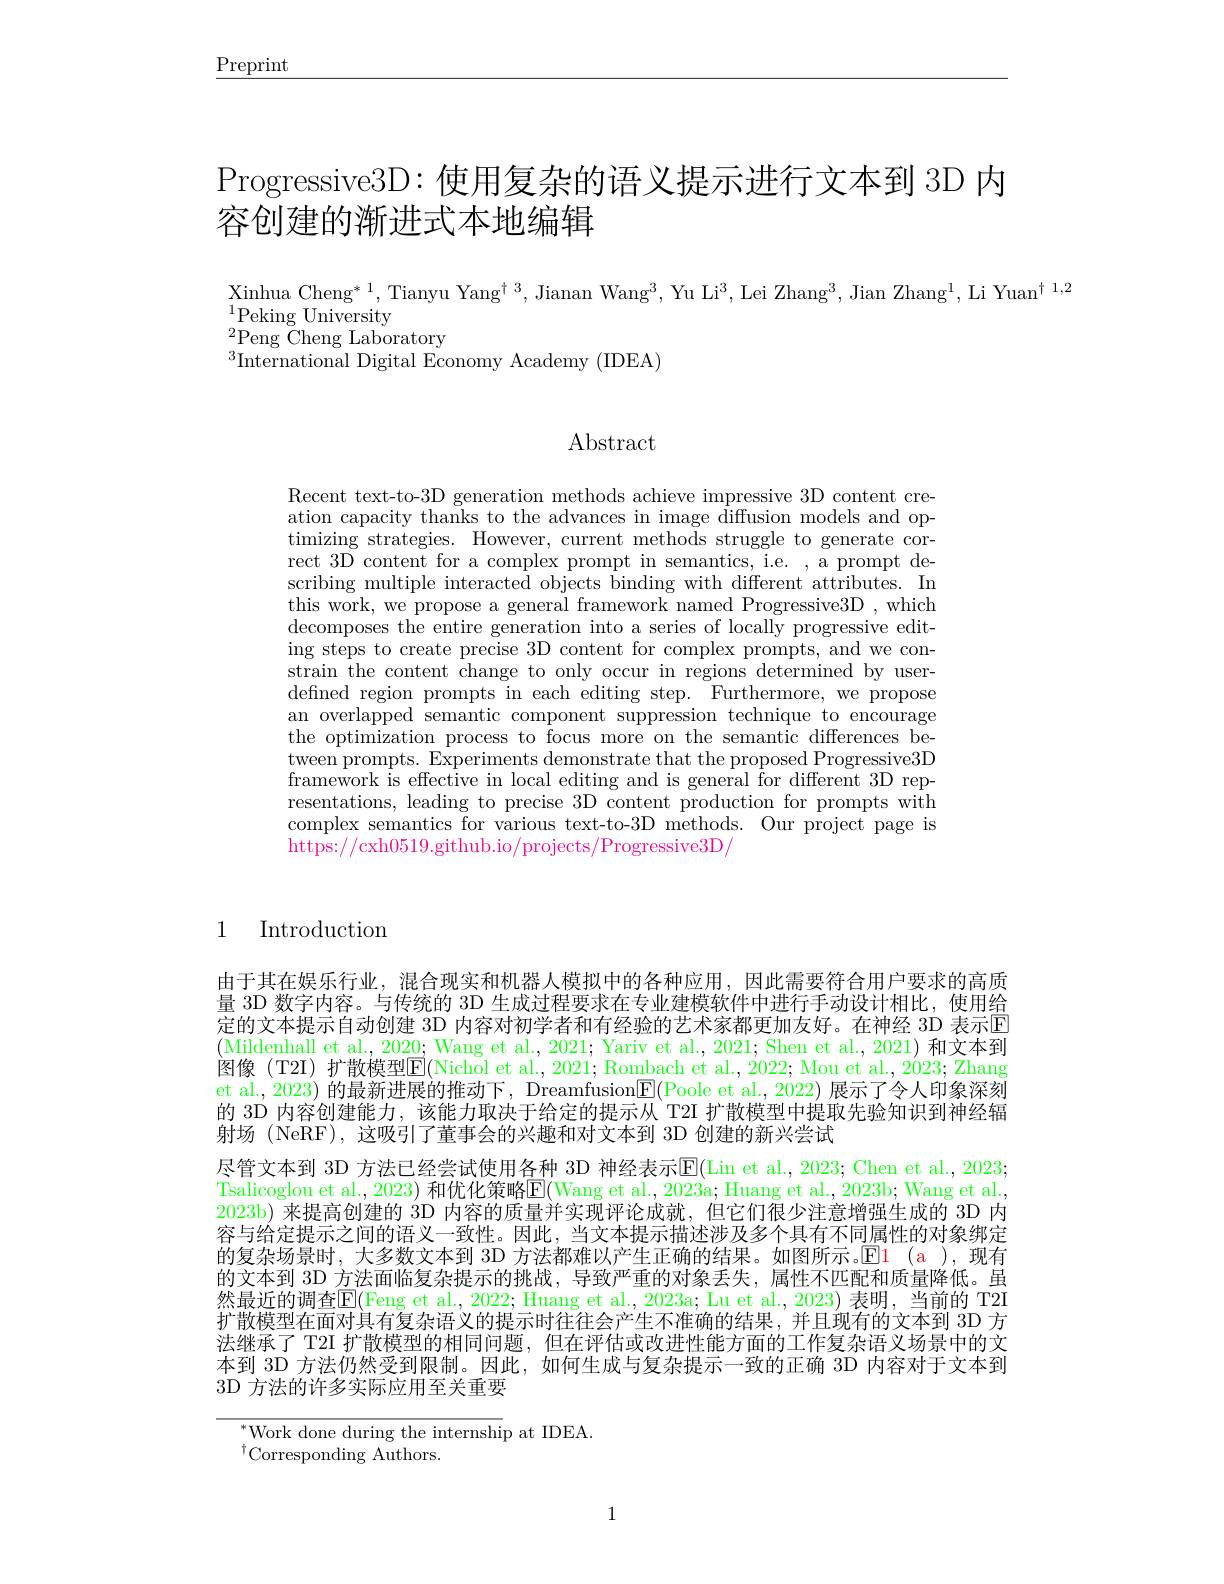
$\underline{\mathrm{Preprint}}$

# Progressive3D:使用复杂的语义提示进行文本到 3D 内容创建的渐进式本地编辑

$\begin{array}{l}\text{Xinhua Cheng}^{*}1,\text{Tianyu Yang}^{\dagger}3,\text{Jianan Wang}^{3},\text{Yu Li}^{3},\text{Lei Zhang}^{3},\text{Jian Zhang}^{1},\text{Li Yuan}^{\dagger}\end{array}$
$^{1}$Peking University
$^{2}$Peng Cheng Laboratory
$^{3}$International Digital Economy Academy (IDEA)

## Abstract

Recent text-to-3D generation methods achieve impressive 3D content creation capacity thanks to the advances in image diffusion models and optimizing strategies. However, current methods struggle to generate correct 3D content for a complex prompt in semantics, i.e. , a prompt describing multiple interacted objects binding with different attributes. In this work, we propose a general framework named Progressive3D , which decomposes the entire generation into a series of locally progressive editing steps to create precise 3D content for complex prompts, and we constrain the content change to only occur in regions determined by userdefined region prompts in each editing step. Furthermore, we propose an overlapped semantic component suppression technique to encourage the optimization process to focus more on the semantic differences between prompts. Experiments demonstrate that the proposed Progressive3D framework is effective in local editing and is general for different 3D representations, leading to precise 3D content production for prompts with complex semantics for various text-to-3D methods. Our project page is https://cxh0519.github.io/projects/Progressive3D/

1 Introduction

由于其在娱乐行业，混合现实和机器人模拟中的各种应用，因此需要符合用户要求的高质量 3D 数字内容。与传统的 3D 生成过程要求在专业建模软件中进行手动设计相比，使用给定的文本提示自动创建 3D 内容对初学者和有经验的艺术家都更加友好。在神经 3D 表示$\color{red}{\boxed{E}}$ (Mildenhall et al., 2020; Wang et al., 2021; Yariv et al., 2021; Shen et al., 2021) 和文本到阿伯(Toq) 拉勒塔利$\nabla ( \mathrm{N} ^{\circ }$,N$, \mathrm{N} ^\circ , \mathrm{N} ^{\circ }, \mathrm{N} ^{\circ }, \mathrm{N} ^{\circ }, \mathrm{N} ^{\circ }, \mathrm{N} ^{\circ }, \mathrm{N} ^{\circ }, \mathrm{N} ^{\circ }, \mathrm{N} ^{\circ }, \mathrm{N} ^{\circ }, \mathrm{N} ^{\circ }, \mathrm{N} ^{\circ }, \mathrm{N} ^{\bullet }, \mathrm{N} ^{\circ }, \mathrm{N} ^{\circ }, \mathrm{N} ^{\circ }, \mathrm{N} ^{\circ }$, 图像(T2I)扩散模型$\overline{\mathrm{E}}(\bar{\mathrm{Nichol~et~al.,2021;Rombach~et~al.,2022;~Mou~et~al.,2023;~Zhang}}$ et al., 2023) 的最新进展的推动下，Dreamfusion$\boxed{\mathrm{E}}($Poole et al., 2022) 展示了令人印象深刻的 3D 内容创建能力，该能力取决于给定的提示从 T2I 扩散模型中提取先验知识到神经辐射场 (NeRF),这吸引了董事会的兴趣和对文本到 3D 创建的新兴尝试
尽管文本到 3D 方法已经尝试使用各种 3D 神经表示$\overline{\mathrm{E}}($Lin et al., 2023; Chen et al., 2023; Tsalicoglou et al., 2023) 和优化策略$\overline{\mathrm{E}}($Wang et al., 2023a; Huang et al., 2023b; Wang et al., 2023b) 来提高创建的$^{\mathrm{j}}$ 3D 内容的质量并实现评论成就，但它们很少注意增强生成的 3D 内容与给定提示之间的语义一致性。因此，当文本提示描述涉及多个具有不同属性的对象绑定的复杂场景时，大多数文本到 3D 方法都难以产生正确的结果。如图所示。$\color{red}{\mathrm{El}}$1(a ),现有的文本到 3D 方法面临复杂提示的挑战，导致严重的对象丢失，属性不匹配和质量降低。虽然最近的调查$\overline{\mathbb{E}}($Feng et al., 2022; Huang et al., 2023a; Lu et al., 2023) 表明，当前的 T2I 扩散模型在面对具有复杂语义的提示时往往会产生不准确的结果，并且现有的文本到 3D 方法继承了 T2I 扩散模型的相同问题，但在评估或改进性能方面的工作复杂语义场景中的文本到 3D 方法仍然受到限制。因此，如何生成与复杂提示一致的正确 3D 内容对于文本到3D 方法的许多实际应用至关重要

${}^{*}$Work done during the internship at IDEA
$^{\dagger}$Corresponding Authors.

1